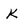
Character: k